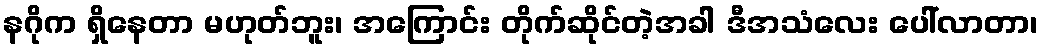
နဂိုက ရှိနေတာ မဟုတ်ဘူး၊ အကြောင်း တိုက်ဆိုင်တဲ့အခါ ဒီအသံလေး ပေါ်လာတာ၊